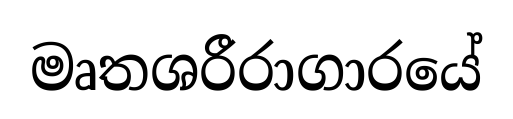
මෘතශරීරාගාරයේ